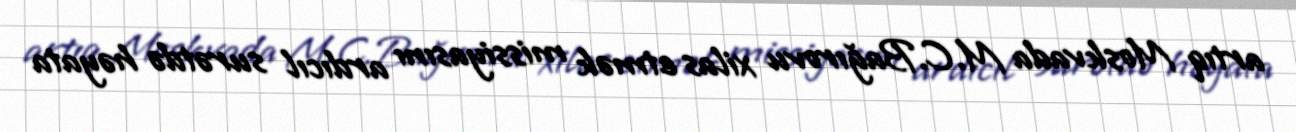
artıq Moskvada M.C.Bağırovu xilas etmək missiyasını ardıcıl surətdə həyata